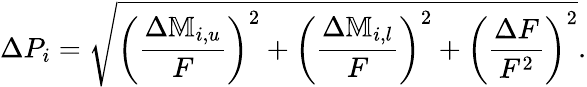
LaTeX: \Delta P_{i}=\sqrt{\left(\frac{\Delta\mathbb{M}_{i,u}}{F}\right)^{2}+\left(\frac{\Delta\mathbb{M}_{i,l}}{F}\right)^{2}+\left(\frac{\Delta F}{F^{2}}\right)^{2}}.